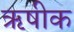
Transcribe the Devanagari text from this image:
ऋषीक